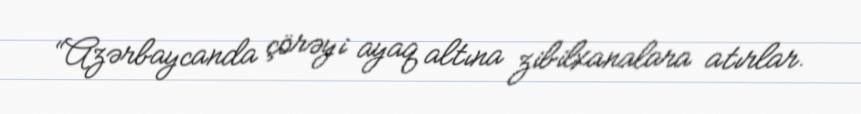
“Azərbaycanda çörəyi ayaq altına zibilxanalara atırlar.